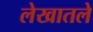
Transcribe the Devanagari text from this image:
लेखातले